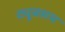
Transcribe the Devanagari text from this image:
ट्यूबसम